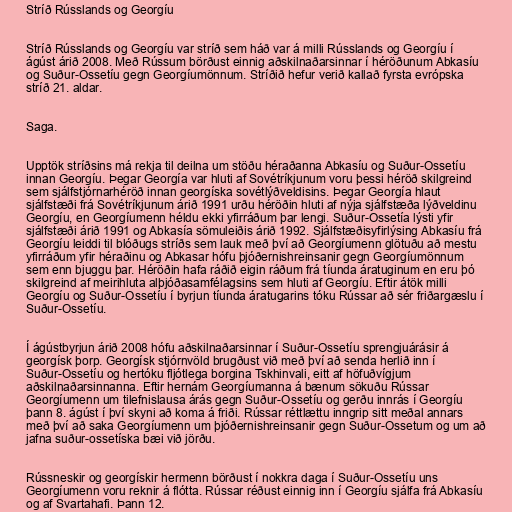
Stríð Rússlands og Georgíu

Stríð Rússlands og Georgíu var stríð sem háð var á milli Rússlands og Georgíu í
ágúst árið 2008. Með Rússum börðust einnig aðskilnaðarsinnar í héröðunum Abkasíu
og Suður-Ossetíu gegn Georgíumönnum. Stríðið hefur verið kallað fyrsta evrópska
stríð 21. aldar.

Saga.

Upptök stríðsins má rekja til deilna um stöðu héraðanna Abkasíu og Suður-Ossetíu
innan Georgíu. Þegar Georgía var hluti af Sovétríkjunum voru þessi héröð skilgreind
sem sjálfstjórnarhéröð innan georgíska sovétlýðveldisins. Þegar Georgía hlaut
sjálfstæði frá Sovétríkjunum árið 1991 urðu héröðin hluti af nýja sjálfstæða lýðveldinu
Georgíu, en Georgíumenn héldu ekki yfirráðum þar lengi. Suður-Ossetía lýsti yfir
sjálfstæði árið 1991 og Abkasía sömuleiðis árið 1992. Sjálfstæðisyfirlýsing Abkasíu frá
Georgíu leiddi til blóðugs stríðs sem lauk með því að Georgíumenn glötuðu að mestu
yfirráðum yfir héraðinu og Abkasar hófu þjóðernishreinsanir gegn Georgíumönnum
sem enn bjuggu þar. Héröðin hafa ráðið eigin ráðum frá tíunda áratuginum en eru þó
skilgreind af meirihluta alþjóðasamfélagsins sem hluti af Georgíu. Eftir átök milli
Georgíu og Suður-Ossetíu í byrjun tíunda áratugarins tóku Rússar að sér friðargæslu í
Suður-Ossetíu.

Í ágústbyrjun árið 2008 hófu aðskilnaðarsinnar í Suður-Ossetíu sprengjuárásir á
georgísk þorp. Georgísk stjórnvöld brugðust við með því að senda herlið inn í
Suður-Ossetíu og hertóku fljótlega borgina Tskhinvali, eitt af höfuðvígjum
aðskilnaðarsinnanna. Eftir hernám Georgíumanna á bænum sökuðu Rússar
Georgíumenn um tilefnislausa árás gegn Suður-Ossetíu og gerðu innrás í Georgíu
þann 8. ágúst í því skyni að koma á friði. Rússar réttlættu inngrip sitt meðal annars
með því að saka Georgíumenn um þjóðernishreinsanir gegn Suður-Ossetum og um að
jafna suður-ossetíska bæi við jörðu.

Rússneskir og georgískir hermenn börðust í nokkra daga í Suður-Ossetíu uns
Georgíumenn voru reknir á flótta. Rússar réðust einnig inn í Georgíu sjálfa frá Abkasíu
og af Svartahafi. Þann 12.